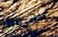
كابوسا